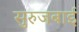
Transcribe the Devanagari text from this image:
सुरुजबाई